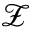
\mathcal { Z }